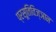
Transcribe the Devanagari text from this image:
प्रसूतिविज्ञान